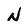
Character: N